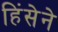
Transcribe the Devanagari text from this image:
हिंसेने